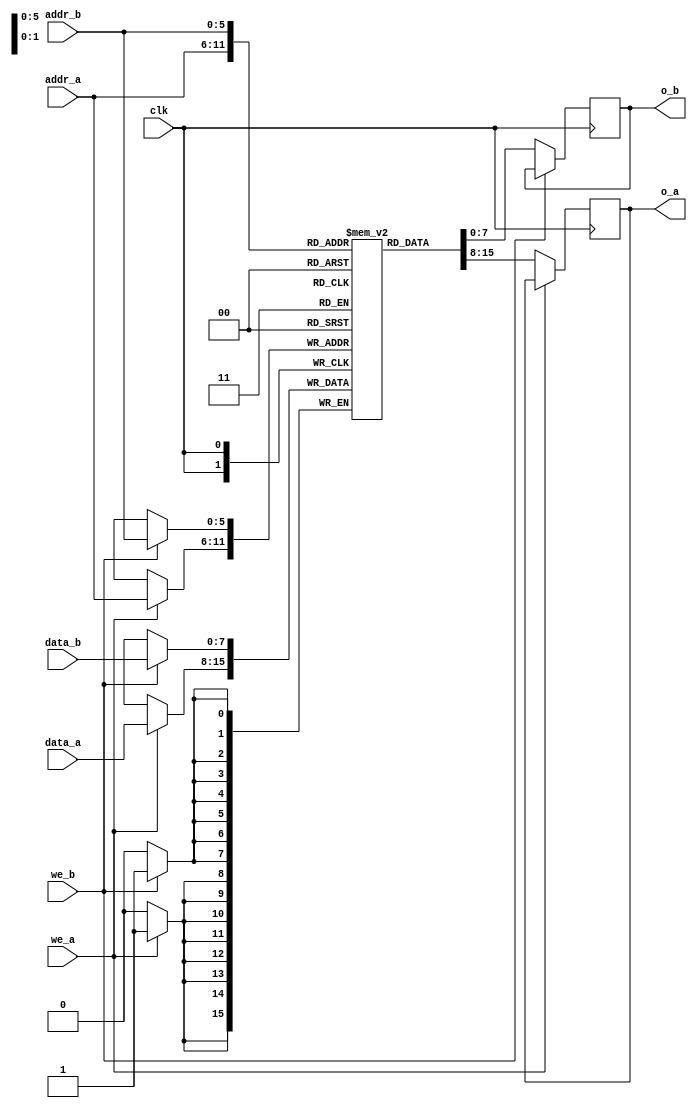
module DualPort_RAM(
    input [7:0] data_a , data_b,
    input[5:0] addr_a,addr_b,
    input we_a,we_b,
    input clk, 
    output reg[7:0] o_a,o_b);
reg [7:0] ram[63:0];
always @ (posedge clk)
    begin
      if(we_a)
      begin 
        ram[addr_a] <= data_a;
      end
      else
      begin
        o_a <= ram[addr_a];
      end
    end
always @ (posedge clk)
begin
      if(we_b)
      begin 
        ram[addr_b] <= data_b;
      end
      else
      begin
        o_b <= ram[addr_b];
      end
    end
endmodule